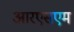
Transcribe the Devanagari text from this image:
आरएसएम